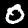
Label: 0